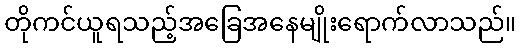
တိုကင်ယူရသည့်အခြေအနေမျိုးရောက်လာသည်။